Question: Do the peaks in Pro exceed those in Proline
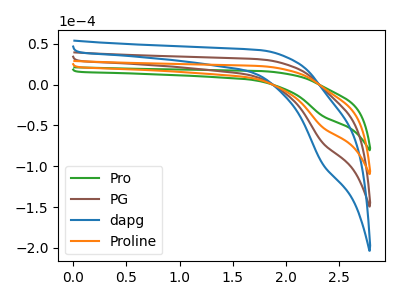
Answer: <think>The green curve "Pro" has a cathodic peak at: (2.35V, -38.30uA). The brown curve "PG" has a cathodic peak at: (2.35V, -104.35uA). The blue curve "dapg" has a cathodic peak at: (2.35V, -156.55uA). The orange curve "Proline" has a cathodic peak at: (2.35V, -52.20uA).</think>
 <answer>Every peak in "Pro" is lower than every peak in "Proline".</answer>
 <eval>lower</eval>